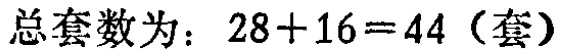
总套数为：\(28 + 16 = 44\)（套）